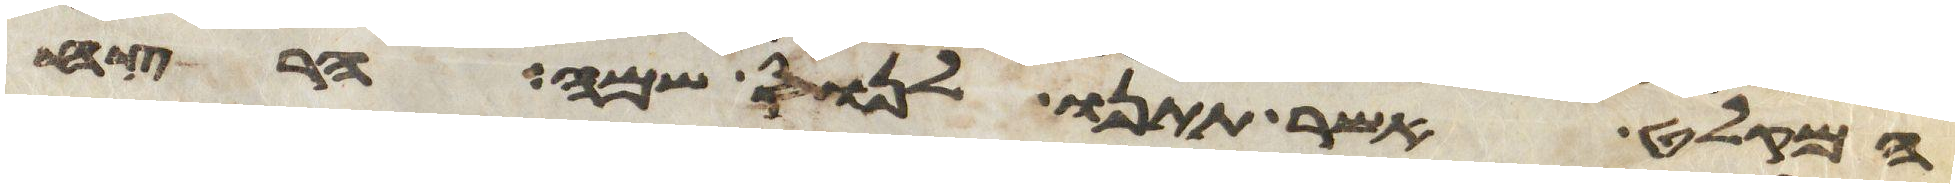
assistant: המקלט אשר תתנו לנוס שם הרצח